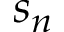
s _ { n }